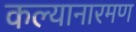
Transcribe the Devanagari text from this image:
कल्यानारमण